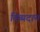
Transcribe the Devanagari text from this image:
दिव्यदान